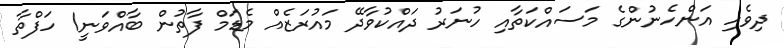
ދިވެހި އަންހެނުންގެ މަސައްކަތާއި ހުނަރު ދައްކުވާދޭ މައުރަޒެއް މެޑަމް ފާތުން ބާއްވަނީ1 ހަފްތާ